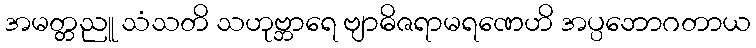
အမတ္တညူ သံသတိ သဟုဗ္ဘာရေ ဗျာဓိဇရာမရဏေဟိ အပ္ပဘောဂတာယ